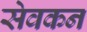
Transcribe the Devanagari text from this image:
सेवकन